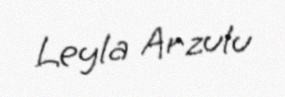
Leyla Arzulu